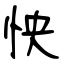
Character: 怏